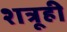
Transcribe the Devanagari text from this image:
शत्रूही